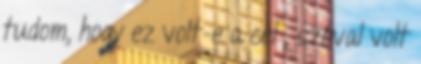
tudom, hogy ez volt-e a cél , szóval volt